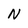
Character: N